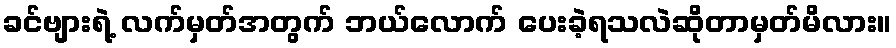
ခင်ဗျားရဲ့ လက်မှတ်အတွက် ဘယ်လောက် ပေးခဲ့ရသလဲဆိုတာမှတ်မိလား။